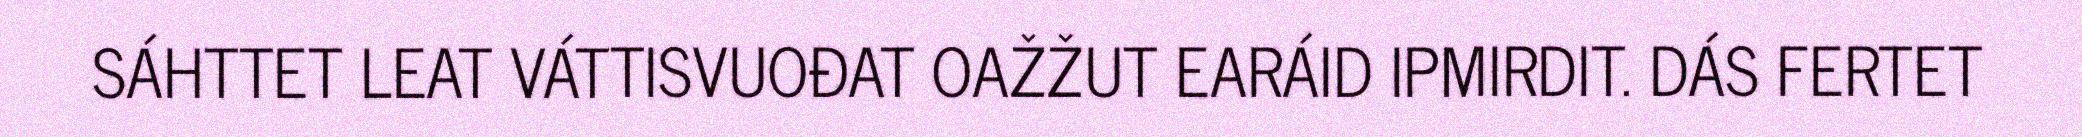
SÁHTTET LEAT VÁTTISVUOĐAT OAŽŽUT EARÁID IPMIRDIT. DÁS FERTET